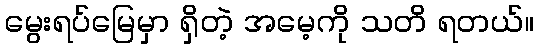
မွေးရပ်မြေမှာ ရှိတဲ့ အမေ့ကို သတိ ရတယ်။